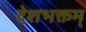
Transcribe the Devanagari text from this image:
देशभक्तम्